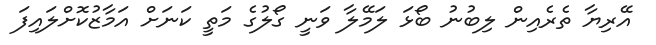
އޭރިޔާ ތެރެއިން ލިބުނު ބޯޅަ ލަމޭލާ ވަނީ ގޯލުގެ މަތީ ކަނަށް އަމާޒުކޮށްލައިފަ